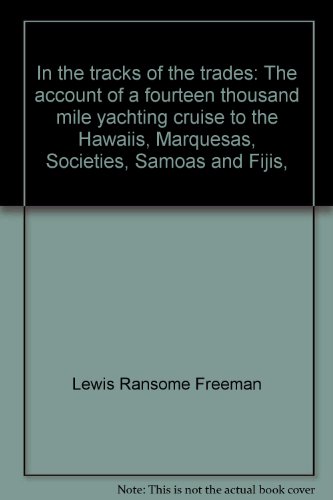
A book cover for In the tracks of the trades: The account of a fourteen thousand mile yachting cruise to the Hawaiis, Marquesas, Societies, Samoas and Fijis,; Lewis Ransome Freeman; Travel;